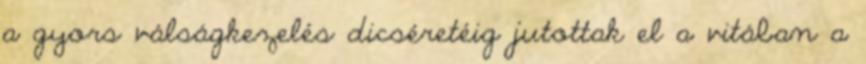
a gyors válságkezelés dicséretéig jutottak el a vitában a